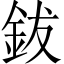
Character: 鈸